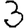
Digit: 3